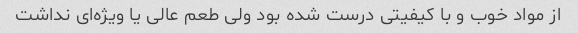
از مواد خوب و با کیفیتی درست شده بود ولی طعم عالی یا ویژه‌ای نداشت